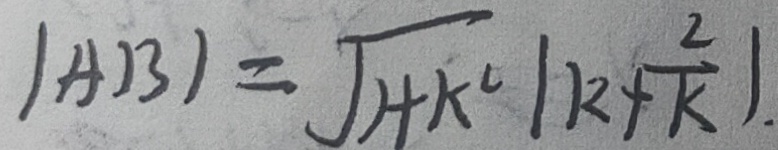
\vert A B \vert = \sqrt { 1 + k ^ { 2 } } \vert k + \frac { 2 } { k } \vert .